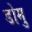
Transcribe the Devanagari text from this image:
डोमु